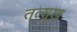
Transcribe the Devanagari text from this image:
तत्सुख